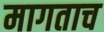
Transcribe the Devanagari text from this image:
मागताच